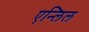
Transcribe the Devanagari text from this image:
एन्लिल